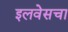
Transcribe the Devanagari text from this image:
इलवेसचा